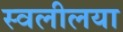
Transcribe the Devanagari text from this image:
स्वलीलया